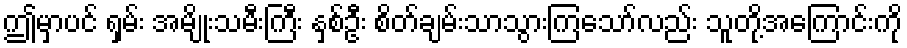
ဤမှာပင် ရှမ်း အမျိုးသမီးကြီး နှစ်ဦး စိတ်ချမ်းသာသွားကြသော်လည်း သူတို့အကြောင်းကို